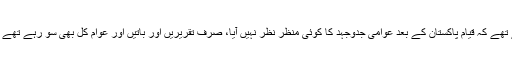
تو ہم عرض کر رہے تھے کہ قیام پاکستان کے بعد عوامی جدوجہد کا کوئی منظر نظر نہیں آیا، صرف تقریریں اور باتیں اور عوام کل بھی سو رہے تھے آج بھی سو رہے ہیں۔